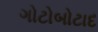
ગોટોબોટાદ